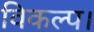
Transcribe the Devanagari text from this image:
विकल्प।